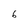
Character: 6